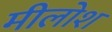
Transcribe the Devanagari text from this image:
मीलोश